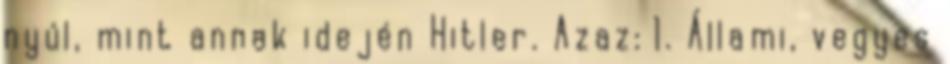
nyúl, mint annak idején Hitler. Azaz: 1. Állami, vegyes